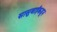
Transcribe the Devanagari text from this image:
सासुबाईंकडून